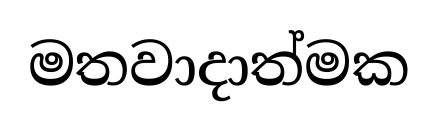
මතවාදාත්මක